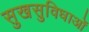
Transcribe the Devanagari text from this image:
सुखसुविधाओं